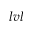
l v l